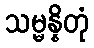
သမ္မန္နိတုံ